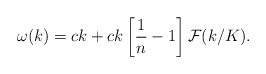
\begin{align*}\omega(k) = c k + ck \left[ {1\over n} - 1 \right] {\cal F}(k/K).\end{align*}